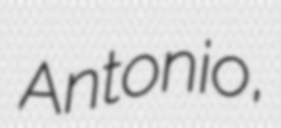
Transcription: Antonio,